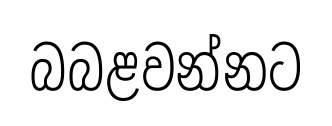
බබළවන්නට